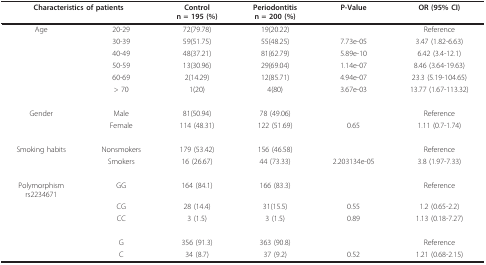
<table><thead><tr><td colspan="2"><b>Characteristics of patients</b></td><td><b>Controln = 195 (%)</b></td><td><b>Periodontitisn = 200 (%)</b></td><td><b>P-Value</b></td><td><b>OR (95% CI)</b></td></tr></thead><tbody><tr><td>Age</td><td>20-29</td><td>72(79.78)</td><td>19(20.22)</td><td></td><td>Reference</td></tr><tr><td></td><td>30-39</td><td>59(51.75)</td><td>55(48.25)</td><td>7.73e-05</td><td>3.47 (1.82-6.63)</td></tr><tr><td></td><td>40-49</td><td>48(37.21)</td><td>81(62.79)</td><td>5.89e-10</td><td>6.42 (3.4-12.1)</td></tr><tr><td></td><td>50-59</td><td>13(30.96)</td><td>29(69.04)</td><td>1.14e-07</td><td>8.46 (3.64-19.63)</td></tr><tr><td></td><td>60-69</td><td>2(14.29)</td><td>12(85.71)</td><td>4.94e-07</td><td>23.3 (5.19-104.65)</td></tr><tr><td></td><td>&gt; 70</td><td>1(20)</td><td>4(80)</td><td>3.67e-03</td><td>13.77 (1.67-113.32)</td></tr><tr><td>Gender</td><td>Male</td><td>81(50.94)</td><td>78 (49.06)</td><td></td><td>Reference</td></tr><tr><td></td><td>Female</td><td>114 (48.31)</td><td>122 (51.69)</td><td>0.65</td><td>1.11 (0.7-1.74)</td></tr><tr><td>Smoking habits</td><td>Nonsmokers</td><td>179 (53.42)</td><td>156 (46.58)</td><td></td><td>Reference</td></tr><tr><td></td><td>Smokers</td><td>16 (26.67)</td><td>44 (73.33)</td><td>2.203134e-05</td><td>3.8 (1.97-7.33)</td></tr><tr><td>Polymorphismrs2234671</td><td>GG</td><td>164 (84.1)</td><td>166 (83.3)</td><td></td><td>Reference</td></tr><tr><td></td><td>CG</td><td>28 (14.4)</td><td>31(15.5)</td><td>0.55</td><td>1.2 (0.65-2.2)</td></tr><tr><td></td><td>CC</td><td>3 (1.5)</td><td>3 (1.5)</td><td>0.89</td><td>1.13 (0.18-7.27)</td></tr><tr><td></td><td>G</td><td>356 (91.3)</td><td>363 (90.8)</td><td></td><td>Reference</td></tr><tr><td></td><td>C</td><td>34 (8.7)</td><td>37 (9.2)</td><td>0.52</td><td>1.21 (0.68-2.15)</td></tr></tbody></table>